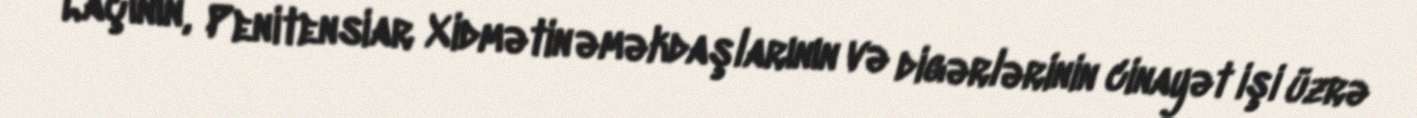
Laçının, Penitensiar Xidmətin əməkdaşlarının və digərlərinin cinayət işi üzrə